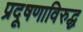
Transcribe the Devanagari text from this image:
प्रदूषणाविरुद्ध